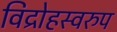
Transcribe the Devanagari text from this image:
विद्रोहस्वरुप